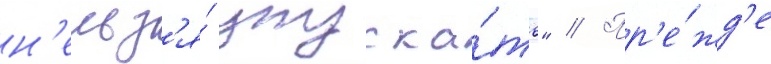
н'ельз'я́ упуска́ть" // Пр'е́жд'е